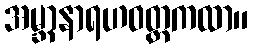
အမ္ဘာနာရဟဝတ္တကထာ။